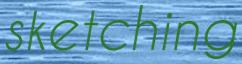
sketching